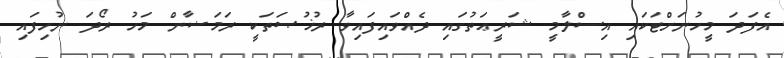
އެފަދަ މީހުނަށްޓަަކައި އިސްލާމީ ޝަރީޢަތުގައި ދެއްވައިފައިވާ ރުޚުޞަތަކީ ރަމަޟާން މަހު ރޯދަ ނުހިފައި